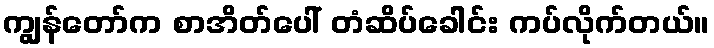
ကျွန်တော်က စာအိတ်ပေါ် တံဆိပ်ခေါင်း ကပ်လိုက်တယ်။